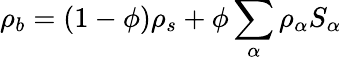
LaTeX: \rho_{b}=(1-\phi)\rho_{s}+\phi\sum_{\alpha}\rho_{\alpha}S_{\alpha}